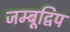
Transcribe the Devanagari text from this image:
जम्बूद्विप